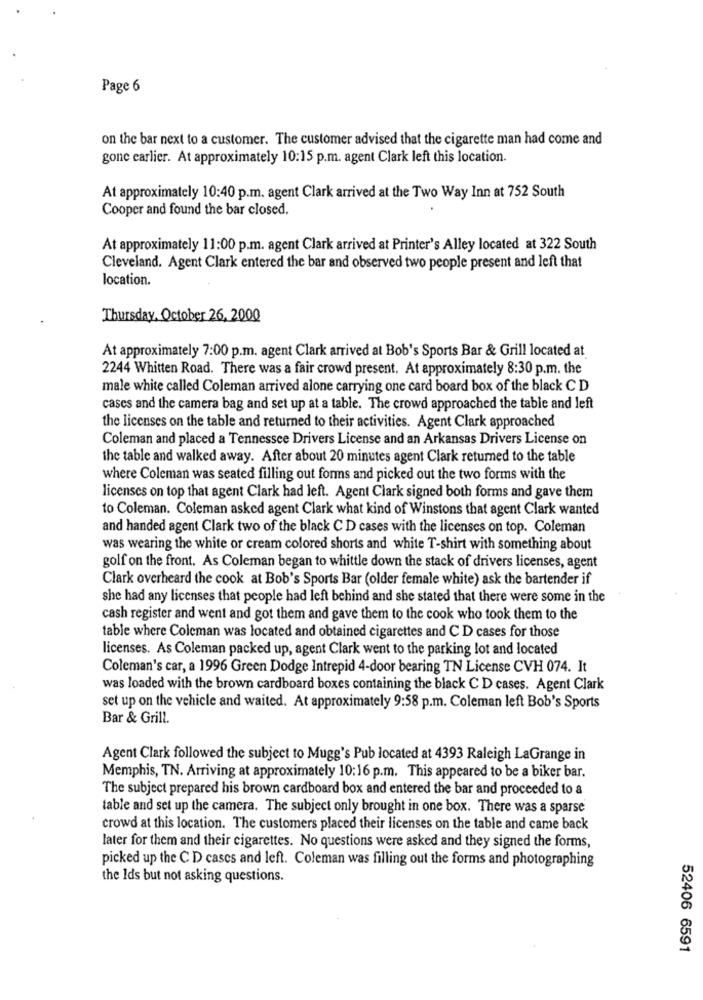
Page 6
on the bar next to a customer. The customer advised that the cigarette man had come and
gone earlier. At approximately 10:15 p.m. agent Clark left this location.
At approximately 10:40 p.m. agent Clark arrived at the Two Way Inn at 752 South
Cooper and found the bar closed.
At approximately 11:00 p.m. agent Clark arrived at Printer's Alley located at 322 South
Cleveland. Agent Clark entered the bar and observed two people present and left that
location.
Thursday, October 26, 2000
At approximately 7:00 p.m. agent Clark arrived at Bob's Sports Bar & Grill located at
2244 Whitten Road. There was a fair crowd present. At approximately 8:30 p.m. the
male white called Coleman arrived alone carrying one card board box of the black CD
cases and the camera bag and set up at a table. The crowd approached the table and left
the licenses on the table and returned to their activities. Agent Clark approached
Coleman and placed a Tennessee Drivers License and an Arkansas Drivers License on
the table and walked away. After about 20 minutes agent Clark returned to the table
where Coleman was seated filling out forms and picked out the two forms with the
licenses on top that agent Clark had left. Agent Clark signed both forms and gave them
to Coleman. Coleman asked agent Clark what kind of Winstons that agent Clark wanted
and handed agent Clark two of the black C D cases with the licenses on top. Coleman
was wearing the white or cream colored shorts and white T-shirt with something about
golf on the front. As Coleman began to whittle down the stack of drivers licenses, agent
Clark overheard the cook at Bob's Sports Bar (older female white) ask the bartender if
she had any licenses that people had left behind and she stated that there were some in the
cash register and went and got them and gave them to the cook who took them to the
table where Coleman was located and obtained cigarettes and C D cases for those
licenses. As Coleman packed up, agent Clark went to the parking lot and located
Coleman's car, a 1996 Green Dodge Intrepid 4-door bearing TN License CVH 074. It
was loaded with the brown cardboard boxes containing the black C D cases. Agent Clark
set up on the vehicle and waited. At approximately 9:58 p.m. Coleman left Bob's Sports
Bar & Grill.
Agent Clark followed the subject to Mugg's Pub located at 4393 Raleigh LaGrange in
Memphis, TN. Arriving at approximately 10:16 p.m. This appeared to be a biker bar.
The subject prepared his brown cardboard box and entered the bar and proceeded to a
table and set up the camera. The subject only brought in one box. There was a sparse
crowd at this location. The customers placed their licenses on the table and came back
later for them and their cigarettes. No questions were asked and they signed the forms,
picked up the C D cases and left. Coleman was filling out the forms and photographing
the Ids but not asking questions.
52406 6591